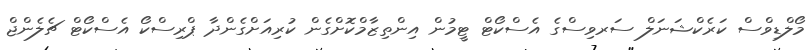
މޯލްޑިވްސް ކަރެކްޝަނަލް ސަރވިސްގެ އެސްކޯޓް ޓީމުން އިންތިޒާމްކޮށްގެން ކުރިއަށްގެންދާ ޕްރިސްކޯ އެސްކޯޓް ޗެލެންޖް